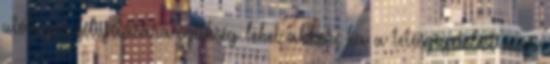
utólagos felújítására szükség lehet akkor, ha a tetőszigetelést már